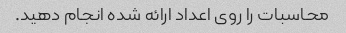
محاسبات را روی اعداد ارائه شده انجام دهید.